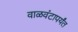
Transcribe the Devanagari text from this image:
वाळवंटापर्यंत